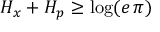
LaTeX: H _ { x } + H _ { p } \geq \log ( e \, \pi )